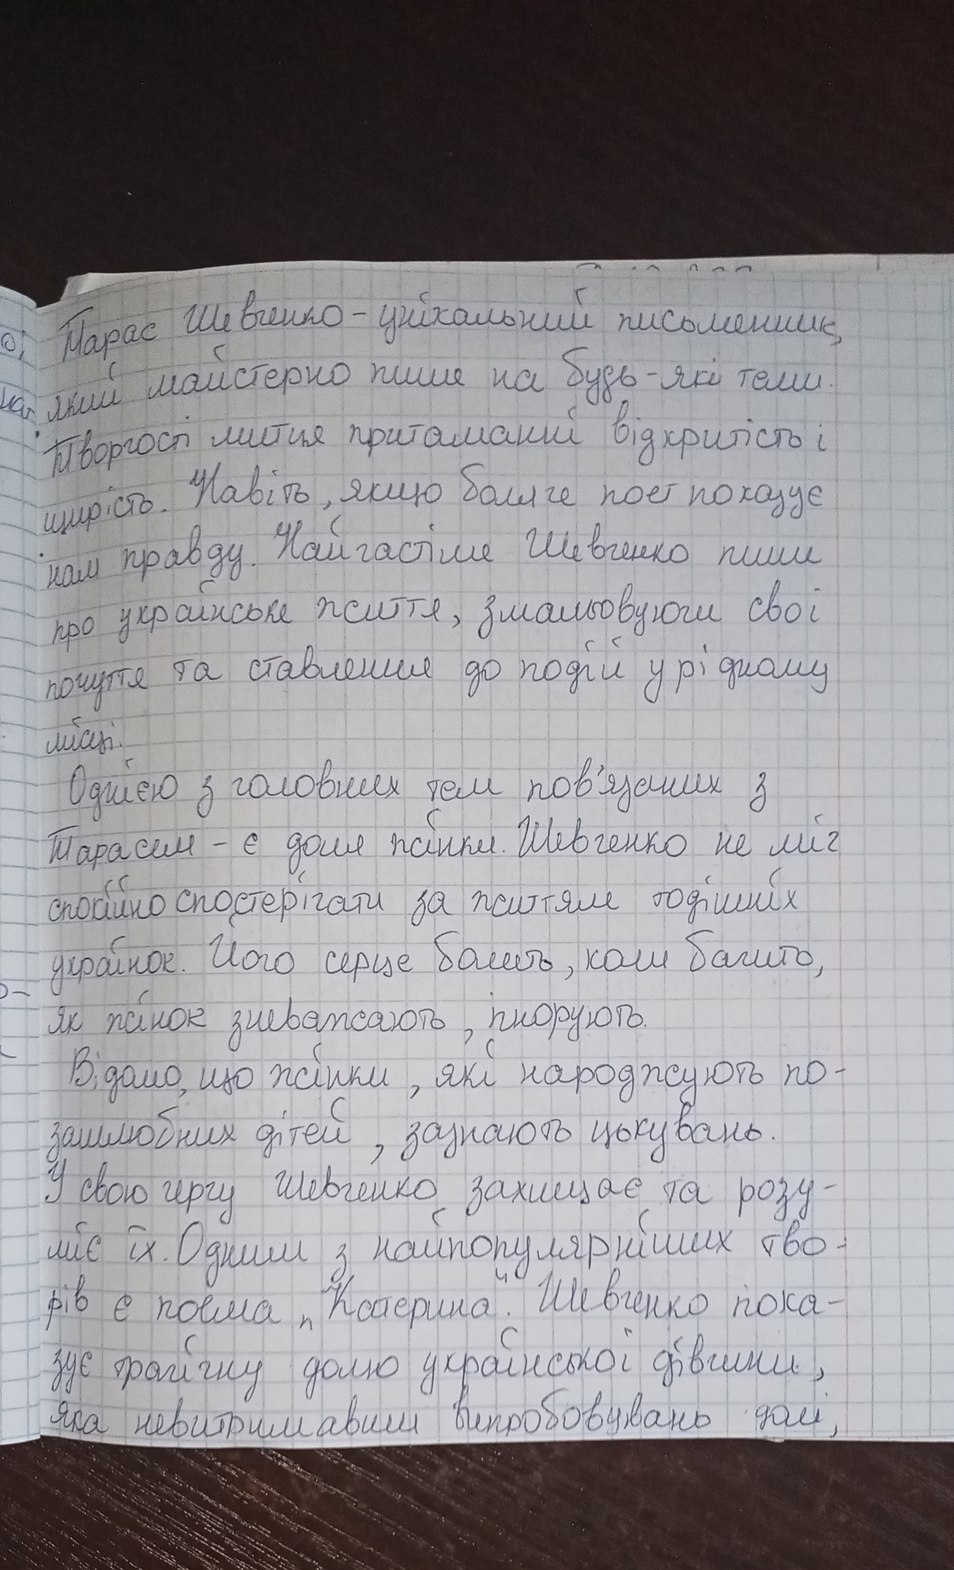
Тарас Шевченко - унікальний письменник
о;
який майстерно пише на будь-які теми.
Творчості митця притаманні відкритість і
щирість. Навіть, якщо боляче поет показує
нам правду. Найчастіше Шевченко пише
про українське життя, змальовуючи свої
почуття та ставлення до подій у рідному
місці.
Однією з головних тем пов'язаних з
Тарасем - є доля жінки. Шевченко не міг
спокійно спостерігати за життям тодішніх
українок. Його серце болить, коли бачить,
як жінок зневажають, ігнорують.
Відомо, що жінки, які народжують по-
зашлюбних  дітей, зазнають цькувань.
У свою чергу Шевченко, захищає та розу-
міє їх. Одним з найпопулярніших тво-
рів є поема „Катерина“. Шевченко пока-
зує трагічну долю української дівчини,
яка невитримавши випробовувань долі,